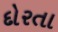
દોરતા